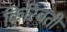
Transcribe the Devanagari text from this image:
किरिबती